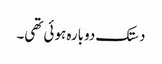
دستک دوبارہ ہوئی تھی۔